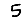
Digit: 5